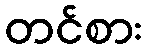
တင်စား